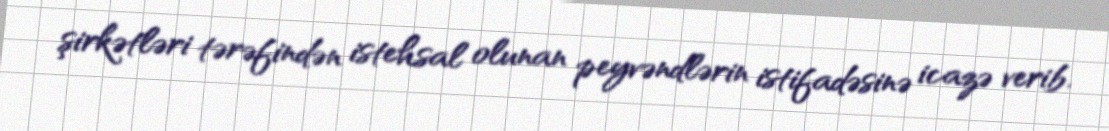
şirkətləri tərəfindən istehsal olunan peyvəndlərin istifadəsinə icazə verib.